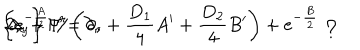
LaTeX: \left\{ \mathrm { e } ^ { - \frac { A } { 2 } } \not \hspace { - 0 . 1 c m } { \partial } _ { x } + \Gamma ^ { r } \left( \partial _ { r } + { \frac { D _ { 1 } } { 4 } } A ^ { \prime } + { \frac { D _ { 2 } } { 4 } } B ^ { \prime } \right) + \mathrm { e } ^ { - { \frac { B } { 2 } } } \not \hspace { - 0 . 1 c m } { \Delta } _ { y } \right\} \Psi = 0 ,